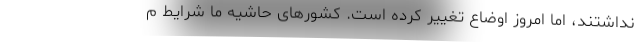
نداشتند، اما امروز اوضاع تغییر کرده است. کشورهای حاشیه ما شرایط م